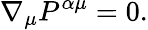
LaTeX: \nabla_{\mu}P^{\alpha\mu}=0.